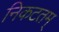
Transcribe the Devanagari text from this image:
निकटतम्